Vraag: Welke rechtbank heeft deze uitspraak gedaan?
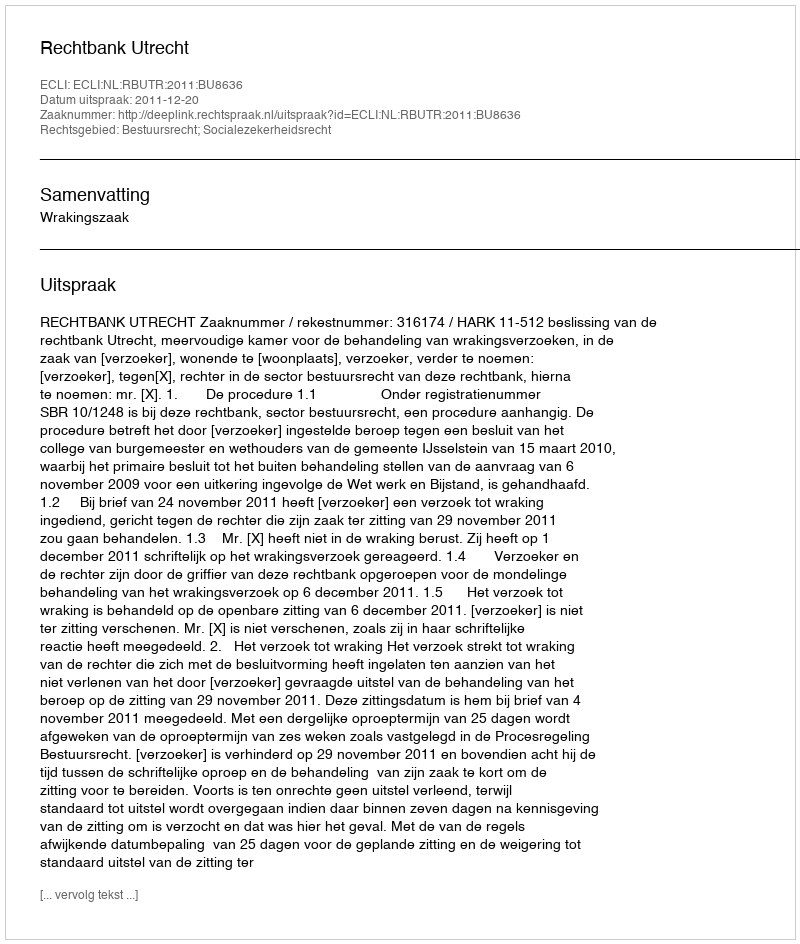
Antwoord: Rechtbank Utrecht